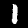
Digit: 1